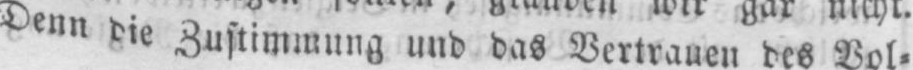
Denn die Zustimmung und das Vertrauen des Vol⸗